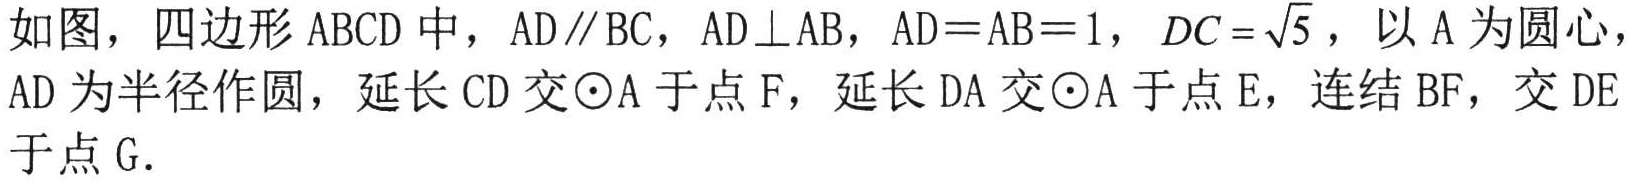
如图，四边形 \(ABCD\) 中，\(AD\parallel BC\)，\(AD\perp AB\)，\(AD = AB = 1\)，\(DC=\sqrt{5}\)，以 \(A\) 为圆心，\(AD\) 为半径作圆，延长 \(CD\) 交 \(\odot A\) 于点 \(F\)，延长 \(DA\) 交 \(\odot A\) 于点 \(E\)，连结 \(BF\)，交 \(DE\) 于点 \(G\)．